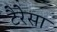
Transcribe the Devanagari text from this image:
टैरेसा